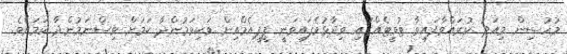
މުހުސިން މިއަދު ކުރައްވާފައިވާ ޓުވީޓެއްގައި ވިދާޅުވެފައިވަނީ ޕީޕީއެމްއިން ވަކިވަމުންދާ ކަމަށް ވިސްނަމުންދާ ކަމަށެވެ.